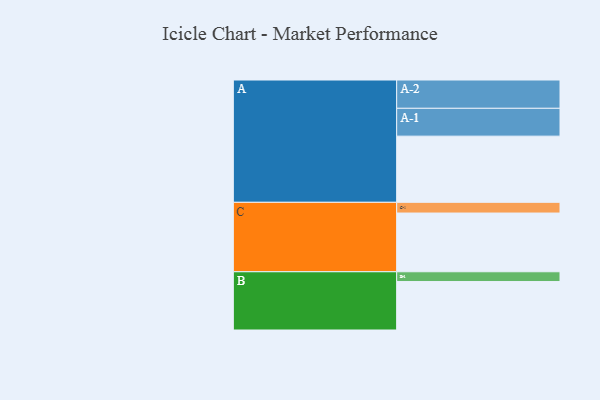
{"axis": {"x": "Segment", "y": "Value"}, "legend": ["", "A", "B", "C"], "data": [{"x": "A", "y": 568, "type": ""}, {"x": "B", "y": 416, "type": ""}, {"x": "C", "y": 504, "type": ""}, {"x": "A-1", "y": 239, "type": "A"}, {"x": "A-2", "y": 243, "type": "A"}, {"x": "B-1", "y": 84, "type": "B"}, {"x": "C-1", "y": 92, "type": "C"}]}